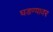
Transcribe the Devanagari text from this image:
घडण्यावर